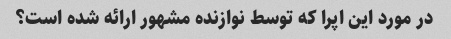
در مورد این اپرا که توسط نوازنده مشهور ارائه شده است؟